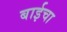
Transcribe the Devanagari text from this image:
बाईचा